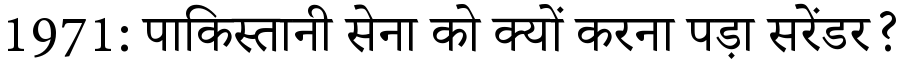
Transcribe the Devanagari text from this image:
1971: पाकिस्तानी सेना को क्यों करना पड़ा सरेंडर?